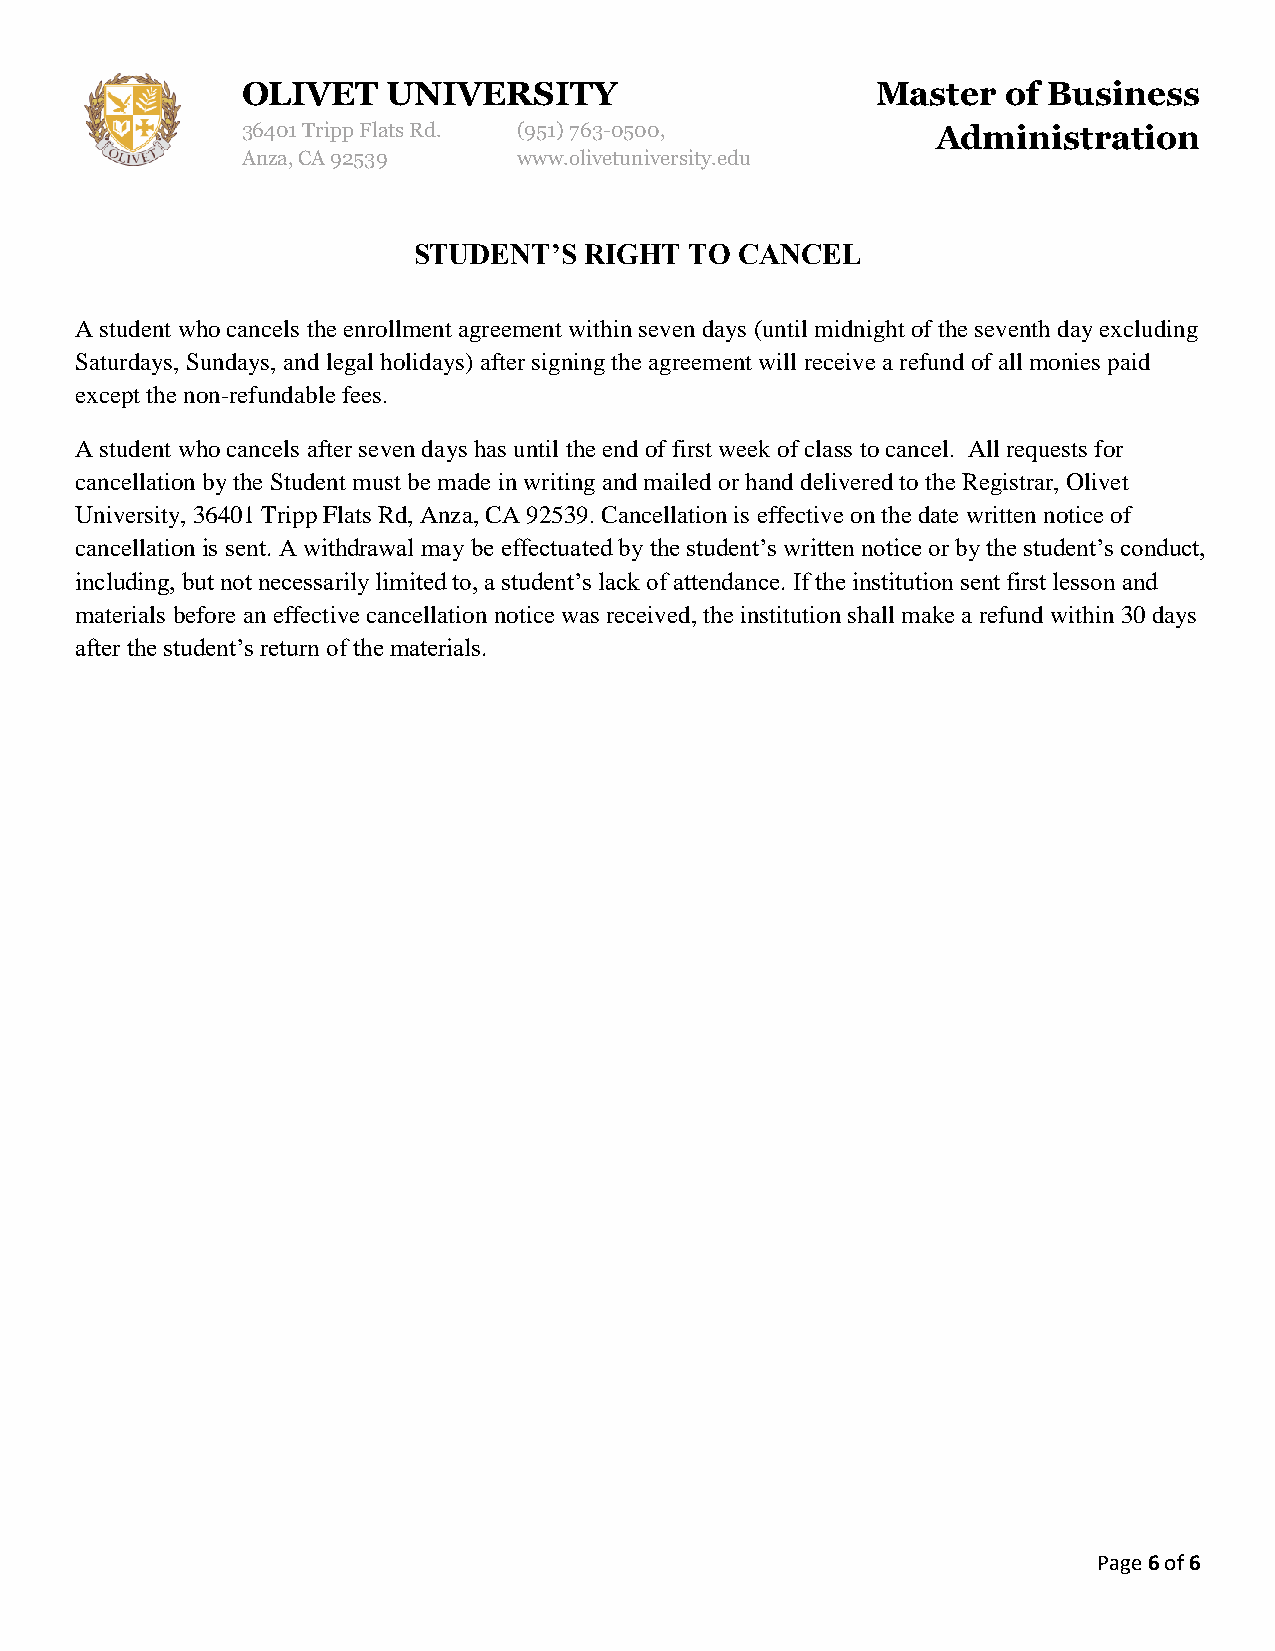
OLIVET    UNIVERSITY                      Master   of Business
 36401 Tripp Flats Rd. (951) 763-0500,         Administration
 Anza, CA 92539    www.olivetuniversity.edu
 STUDENT’S   RIGHT  TO CANCEL
 A student who cancels the enrollment agreement within seven days (until midnight of the seventh day excluding
 Saturdays, Sundays, and legal holidays) after signing the agreement will receive a refund of all monies paid
 except the non-refundable fees.
 A student who cancels after seven days has until the end of first week of class to cancel. All requests for
 cancellation by the Student must be made in writing and mailed or hand delivered to the Registrar, Olivet
 University, 36401 Tripp Flats Rd, Anza, CA 92539. Cancellation is effective on the date written notice of
 cancellation is sent. A withdrawal may be effectuated by the student’s written notice or by the student’s conduct,
 including, but not necessarily limited to, a student’s lack of attendance. If the institution sent first lesson and
 materials before an effective cancellation notice was received, the institution shall make a refund within 30 days
 after the student’s return of the materials.
 Page 6 of 6